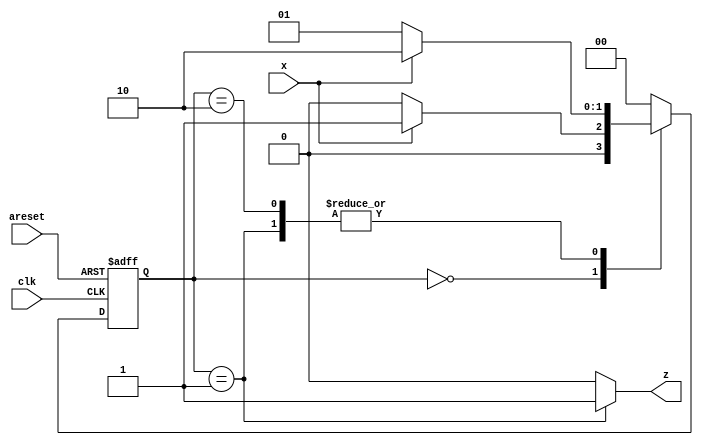
module top_module (
    input clk,
    input areset,
    input x,
    output z
); 
    
    parameter S0 = 0; 
    parameter S1 = 1; 
    parameter S2 = 2;
    
    reg [1 : 0] curr_state;
    reg [1 : 0] next_state;
    
	always @(*) 
    begin
        case(curr_state)
			S0 : begin
			next_state = x ? S1 : S0;
			z = 1'b0;
			end
			S1 : begin
			next_state = x ? S2 : S1;
			z = 1'b1;
			end
			S2 : begin
			next_state = x ? S2 : S1;
			z = 1'b0;
			end
			default : begin
			next_state = S0;
			z = 1'b0;
			end
		endcase
	end
	always @(posedge clk or posedge areset)
		if(areset)
			curr_state <= S0;
		else
			curr_state <= next_state;


endmodule